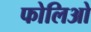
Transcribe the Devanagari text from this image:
फोलिओ